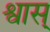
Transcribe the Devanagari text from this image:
श्वास्